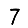
Digit: 7